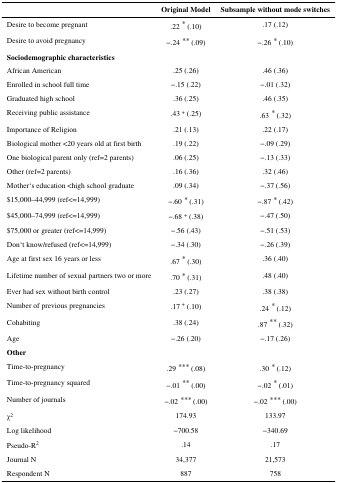
|  | Original Model | Subsample without mode switches |
 | --- | --- | --- |
 | Desire to become pregnant | .22 * (.10) | .17 (.12) |
 | Desire to avoid pregnancy | −.24 ** (.09) | −.26 * (.10) |
 | <COLSPAN=3> Sociodemographic characteristics |
 | African American | .25 (.26) | .46 (.36) |
 | Enrolled in school full time | −.15 (.22) | −.01 (.32) |
 | Graduated high school | .36 (.25) | .46 (.35) |
 | Receiving public assistance | .43 + (.25) | .63 * (.32) |
 | Importance of Religion | .21 (.13) | .22 (.17) |
 | Biological mother <20 years old at first birth | .19 (.22) | −.09 (.29) |
 | One biological parent only (ref=2 parents) | .06 (.25) | −.13 (.33) |
 | Other (ref=2 parents) | .16 (.36) | .32 (.46) |
 | Mother‘s education <high school graduate | .09 (.34) | −.37 (.56) |
 | $15,000–44,999 (ref<=14,999) | −.60 * (.31) | −.87 * (.42) |
 | $45,000–74,999 (ref<=14,999) | −.68 + (.38) | −.47 (.50) |
 | $75,000 or greater (ref<=14,999) | −.56 (.43) | −.51 (.53) |
 | Don‘t know/refused (ref<=14,999) | −.34 (.30) | −.26 (.39) |
 | Age at first sex 16 years or less | .67 * (.30) | .36 (.40) |
 | Lifetime number of sexual partners two or more | .70 * (.31) | .48 (.40) |
 | Ever had sex without birth control | .23 (.27) | .38 (.38) |
 | Number of previous pregnancies | .17 + (.10) | .24 * (.12) |
 | Cohabiting | .38 (.24) | .87 ** (.32) |
 | Age | −.26 (.20) | −.17 (.26) |
 | <COLSPAN=3> Other |
 | Time-to-pregnancy | .29 *** (.08) | .30 * (.12) |
 | Time-to-pregnancy squared | −.01 ** (.00) | −.02 * (.01) |
 | Number of journals | −.02 *** (.00) | −.02 *** (.00) |
 | χ2 | 174.93 | 133.97 |
 | Log likelihood | −700.58 | −340.69 |
 | Pseudo-R2 | .14 | .17 |
 | Journal N | 34,377 | 21,573 |
 | Respondent N | 887 | 758 |